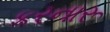
કરનારૂ